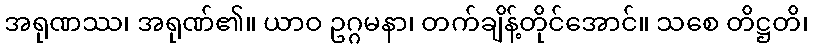
အရုဏဿ၊ အရုဏ်၏။ ယာဝ ဥဂ္ဂမနာ၊ တက်ချိန့်တိုင်အောင်။ သစေ တိဋ္ဌတိ၊